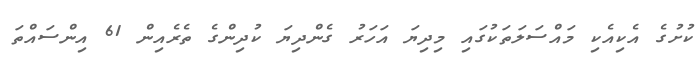
ކުށުގެ އެކިއެކި މައްސަލަތަކުގައި މިދިޔަ އަހަރު ގެންދިޔަ ކުދިންގެ ތެރެއިން 61 އިންސައްތަ